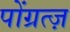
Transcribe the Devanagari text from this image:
पोंग्रत्ज़